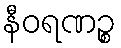
နီဝရဏဉ္စ